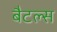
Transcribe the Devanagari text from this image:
बैटल्स